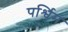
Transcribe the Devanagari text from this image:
पर्श्विम